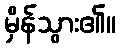
မှိန်သွား၏။